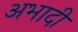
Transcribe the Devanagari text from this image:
अभादी